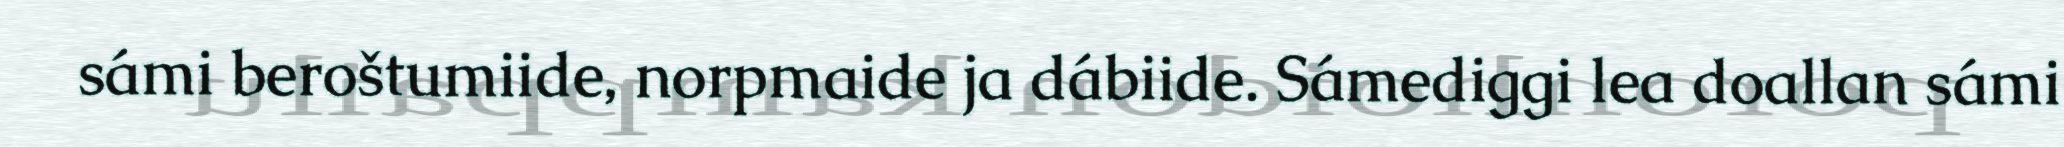
sámi beroštumiide, norpmaide ja dábiide. Sámediggi lea doallan sámi